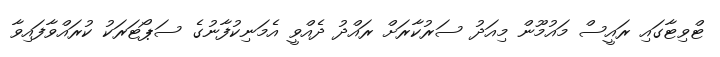
ޓްވިޓާގައި ރައީސް މައުމޫން މިއަދު ސަރުކާރަށް ރައްދު ދެއްވީ އެމަނިކުފާނުގެ ސަޕޯޓަރަކު ކުރައްވާފައިވާ